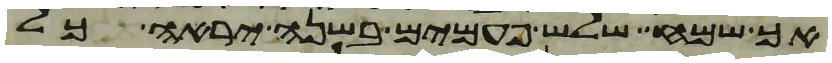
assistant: אך שמח שלש פעמים בשנה יראה כל